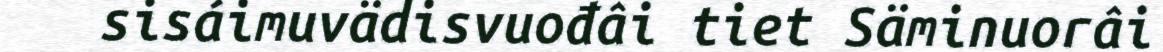
sisáimuvädisvuođâi tiet Säminuorâi